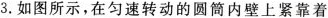
3.如图所示，在匀速转动的圆筒内壁上紧靠着